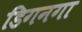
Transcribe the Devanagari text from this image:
डिगनगा